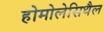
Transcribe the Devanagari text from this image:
होमोलेसिथैल